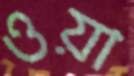
ওয়া